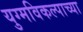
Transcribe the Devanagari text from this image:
युग्मविकल्पाच्या